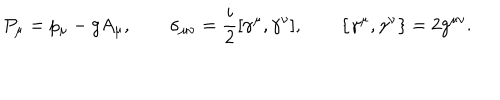
LaTeX: P _ { \mu } = p _ { \mu } - g A _ { \mu } , \qquad \sigma _ { \mu \nu } = { \frac { i } { 2 } } [ \gamma ^ { \mu } , \gamma ^ { \nu } ] , \qquad \{ \gamma ^ { \mu } , \gamma ^ { \nu } \} = 2 g ^ { \mu \nu } .